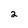
Character: 2